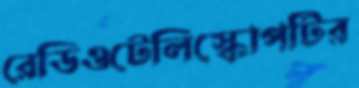
রেডিওটেলিস্কোপটির